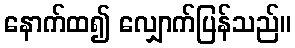
နောက်ထ၍ လျှောက်ပြန်သည်။